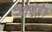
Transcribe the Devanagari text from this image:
गायज़र